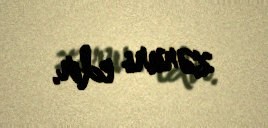
zəruri edir.